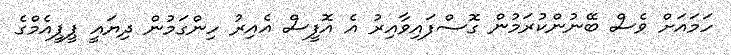
ހަމައަށް ވެސް ބޭނުންކުރަމުން ގޮސްފައިވާއިރު އެ އޮފީސް އެއިރު ހިންގަމުން ދިޔައީ ޕީޕީއެމްގެ